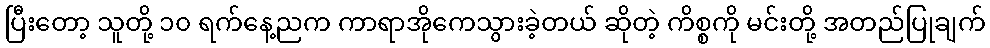
ပြီးတော့ သူတို့ ၁၀ ရက်နေ့ညက ကာရာအိုကေသွားခဲ့တယ် ဆိုတဲ့ ကိစ္စကို မင်းတို့ အတည်ပြုချက်